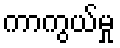
ကာကွယ်မှု